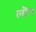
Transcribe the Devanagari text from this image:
लॊग